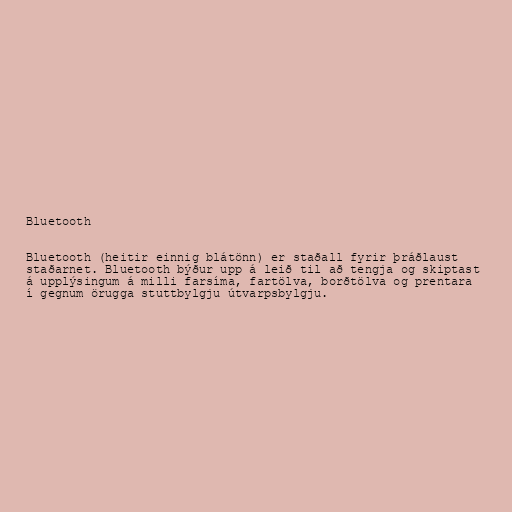
Bluetooth

Bluetooth (heitir einnig blátönn) er staðall fyrir þráðlaust
staðarnet. Bluetooth býður upp á leið til að tengja og skiptast
á upplýsingum á milli farsíma, fartölva, borðtölva og prentara
í gegnum örugga stuttbylgju útvarpsbylgju.